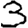
Digit: 3